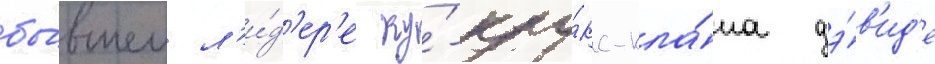
бы́вшем л'и́д'ер'е ку́-клу́кс-кла́на дэ́в'ид'е